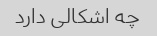
چه اشکالی دارد